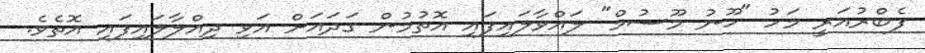
ފެބްރުއަރީ މަހު "ހޫނު މޫސުމް" ލައްވާލައިފައި އޮތުމުން ގަދައަށް އަވި ދިއްލާލައިފައި އޮތެވެ.